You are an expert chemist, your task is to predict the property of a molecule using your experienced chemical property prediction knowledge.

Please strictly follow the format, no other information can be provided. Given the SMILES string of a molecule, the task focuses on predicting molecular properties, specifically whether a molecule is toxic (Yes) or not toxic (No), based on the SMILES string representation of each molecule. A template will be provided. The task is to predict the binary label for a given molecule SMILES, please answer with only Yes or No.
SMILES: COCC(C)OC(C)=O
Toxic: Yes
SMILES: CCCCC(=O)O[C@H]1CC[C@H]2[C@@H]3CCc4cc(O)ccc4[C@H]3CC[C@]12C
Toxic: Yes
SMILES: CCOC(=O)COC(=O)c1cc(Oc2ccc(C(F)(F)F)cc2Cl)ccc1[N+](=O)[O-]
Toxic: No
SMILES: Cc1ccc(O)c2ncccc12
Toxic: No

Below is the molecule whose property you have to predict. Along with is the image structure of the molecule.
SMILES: ON=C1CCCCC1
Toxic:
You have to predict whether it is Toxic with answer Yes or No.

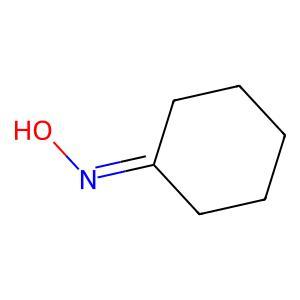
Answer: No